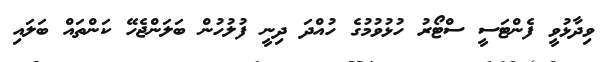
ވިދާޅުވީ ފެންޓަސީ ސްޓޯރު ހުޅުވުމުގެ ހުއްދަ ދިނީ ފުލުހުން ބަލަންޖެހޭ ކަންތައް ބަލައި